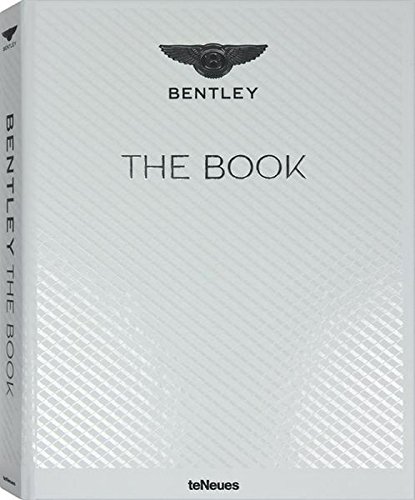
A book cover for The Bentley Book; Engineering & Transportation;